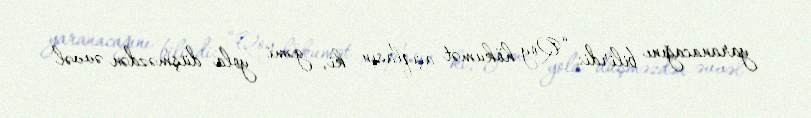
yaranacağını bilirdi: “Qoy hökumət açıqlasın ki, gəmi yola düşməzdən əvvəl